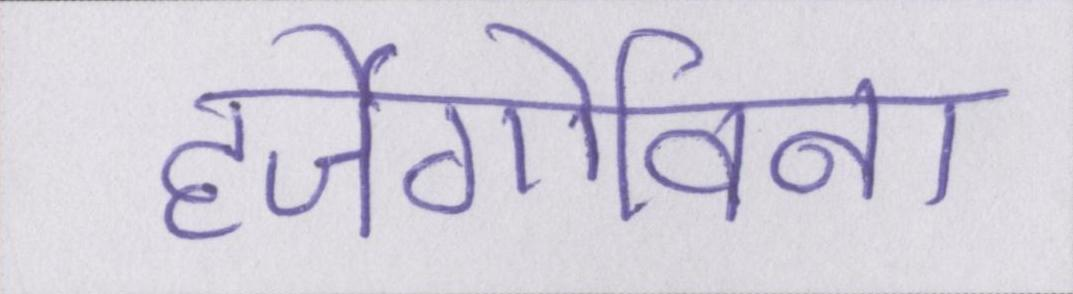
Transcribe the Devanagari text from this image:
हर्जेगोविना